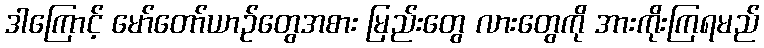
ဒါကြောင့် မော်တော်ယာဉ်တွေအစား မြည်းတွေ လားတွေကို အားကိုးကြရမည်